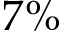
7 \%